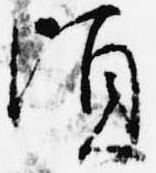
頃